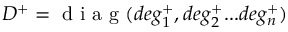
D ^ { + } = \mathrm { ~ d ~ i ~ a ~ g ~ } ( d e g _ { 1 } ^ { + } , d e g _ { 2 } ^ { + } . . . d e g _ { n } ^ { + } )